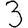
Digit: 3